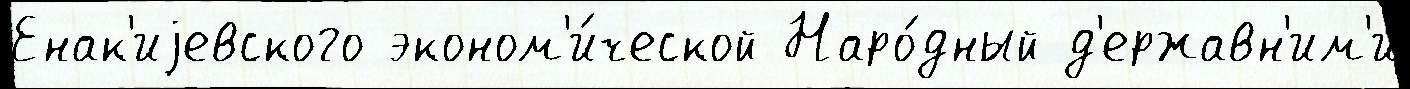
Енак'иjевского эконом'и́ческой Наро́дный д'ержавн'им'и